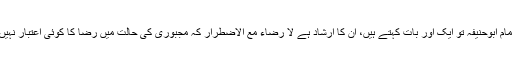
پھر امام ابوحنیفہؒ تو ایک اور بات کہتے ہیں، ان کا ارشاد ہے لا رضاء مع الاضطرار کہ مجبوری کی حالت میں رضا کا کوئی اعتبار نہیں ہے۔